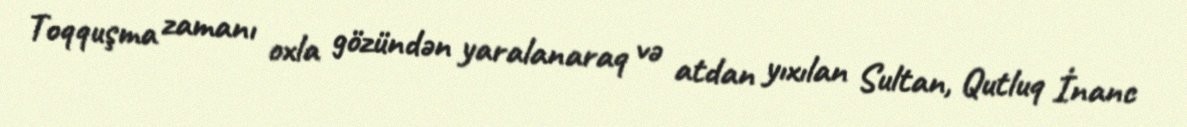
Toqquşma zamanı oxla gözündən yaralanaraq və atdan yıxılan Sultan, Qutluq İnanc